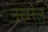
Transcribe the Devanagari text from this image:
नखरेल